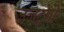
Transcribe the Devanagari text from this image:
जलद्वेषी